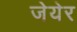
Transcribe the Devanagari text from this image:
जेयेर